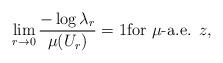
LaTeX: \begin{align*}\lim_{r \to 0} \frac{- \log \lambda_r}{\mu(U_r)} = 1 \mbox{for $\mu$-a.e. $z$}, \end{align*}